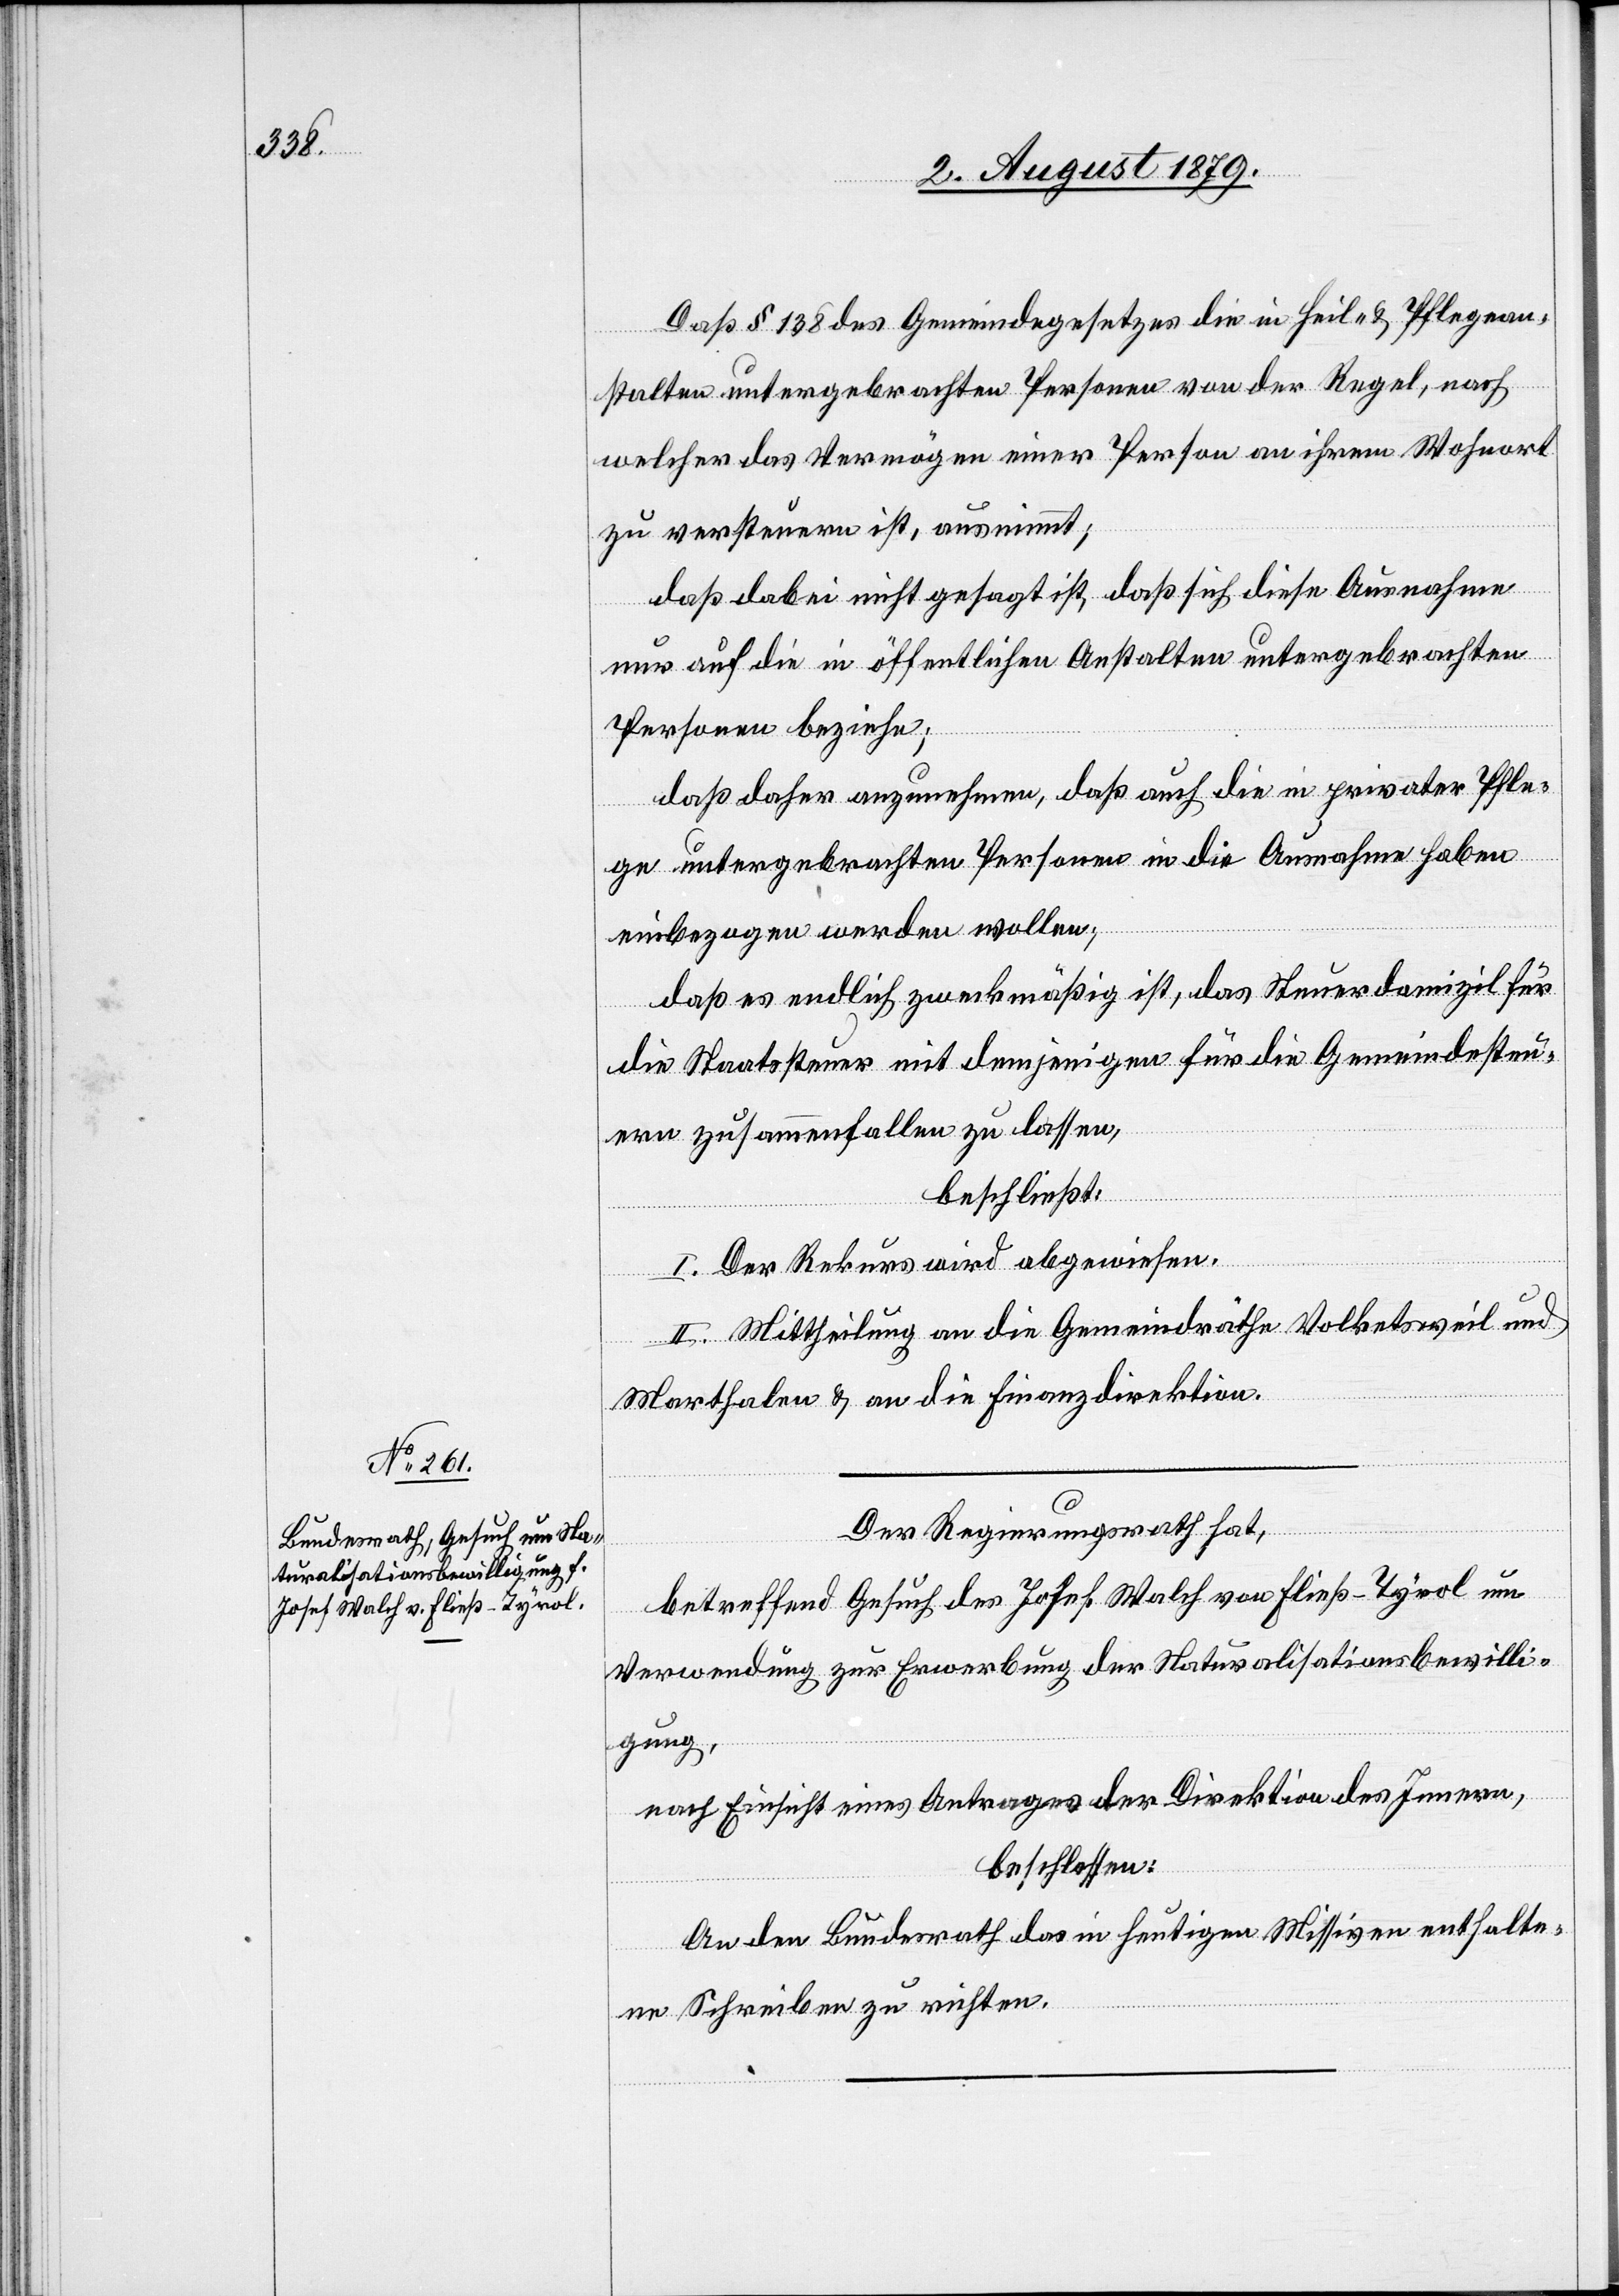
Daß § 138 des Gemeindegesetzes die in Heil- & Pflegean¬
stalten untergebrachten Personen von der Regel, nach
welcher das Vermögen einer Person an ihrem Wohnort
zu versteuern ist, ausnimmt;
daß dabei nicht gesagt ist, daß sich diese Ausnahme
nur auf die in öffentlichen Anstalten untergebrachten
Personen beziehe;
daß daher anzunehmen, daß auch die in privater Pfle¬
ge untergebrachten Personen in die Ausnahme haben
einbezogen werden wollen;
daß es endlich zweckmäßig ist, das Steuerdomizil für
die Staatssteuer mit demjenigen für die Gemeindesteu¬
ern zusammenfallen zu lassen,
beschließt:
I. Der Rekurs wird abgewiesen.
II. Mittheilung an die Gemeindräthe Volketsweil und
Marthalen & an die Finanzdirektion.
Der Regierungsrath hat,
betreffend Gesuch des Josef Walch von Fließ - Tyrol um
Verwendung zur Erwerbung der Naturalisationsbewilli¬
gung,
nach Einsicht eines Antrages der Direktion des Innern,
beschlossen:
An den Bundesrath das in heutigen Missiven enthalte¬
ne Schreiben zu richten.